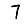
Digit: 7